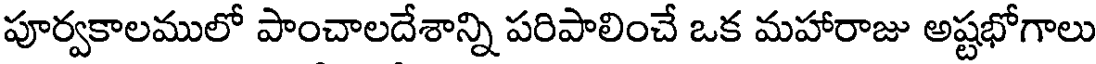
పూర్వకాలములో పాంచాలదేశాన్ని పరిపాలించే ఒక మహారాజు అష్టభోగాలు